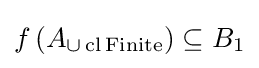
f\left(A_{\cup \operatorname {cl} \operatorname {Finite} }\right)\subseteq B_{1}